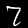
Digit: 7